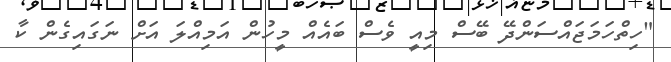
"ހިތްހަމަޖައްސަންދޭ ބޭސް މިއީ ވެސް ބައެއް މީހުން އަމިއްލަ އަށް ނަގައިގެން ކާ